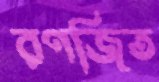
রণজিত